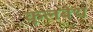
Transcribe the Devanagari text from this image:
कूलबेथ